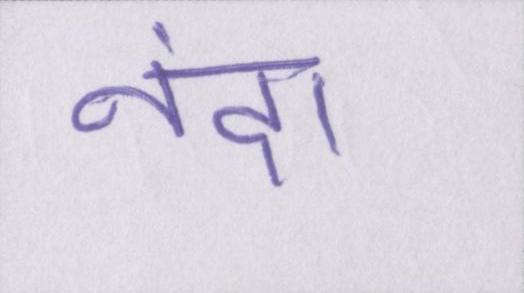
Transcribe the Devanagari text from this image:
नंदा